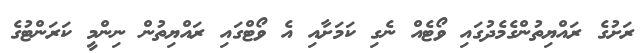
ރަށުގެ ރައްޔިތުންގެމެދުގައި ވޯޓެއް ނެގި ކަމަށާއި އެ ވޯޓްގައި ރައްޔިތުން ނިންމީ ކަރަންޓުގެ